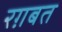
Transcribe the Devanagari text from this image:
रग़बत